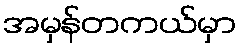
အမှန်တကယ်မှာ